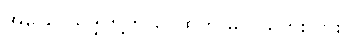
အခြေပြုသဒ္ဒါတို့က ငွေထွက် မလွယ်ဘူးလား။